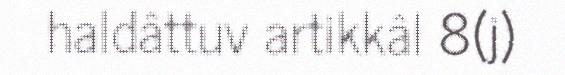
haldâttuv artikkâl 8(j)